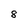
Character: 8